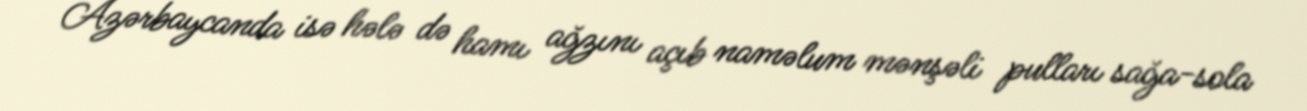
Azərbaycanda isə hələ də hamı ağzını açıb naməlum mənşəli pulları sağa-sola